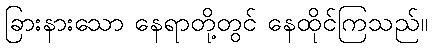
ခြားနားသော နေရာတို့တွင် နေထိုင်ကြသည်။